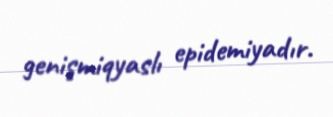
genişmiqyaslı epidemiyadır.